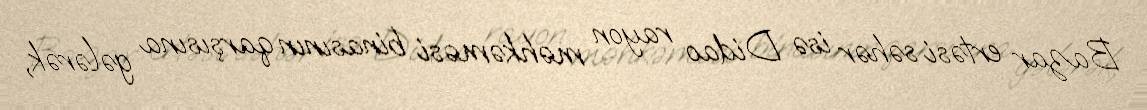
Bazar ertəsi səhər isə Didao rayon məhkəməsi binasının qarşısına gələrək,